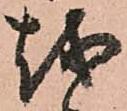
越